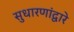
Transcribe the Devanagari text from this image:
सुधारणांद्वारे